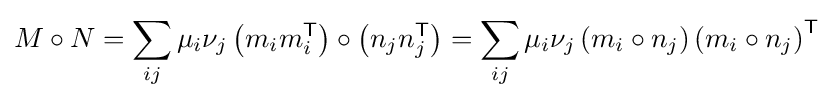
M\circ N=\sum _{ij}\mu _{i}\nu _{j}\left(m_{i}m_{i}^{\textsf {T}}\right)\circ \left(n_{j}n_{j}^{\textsf {T}}\right)=\sum _{ij}\mu _{i}\nu _{j}\left(m_{i}\circ n_{j}\right)\left(m_{i}\circ n_{j}\right)^{\textsf {T}}